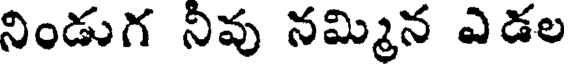
నిండుగ నివు నమ్మిన ఎడల